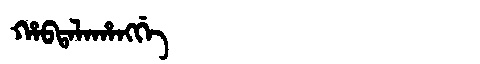
Manchu: ᡥᠠᠪᡨᠠᠯᠠᡥᠠᠩᡤᡝ
Romanization: HABTALAHANGGE